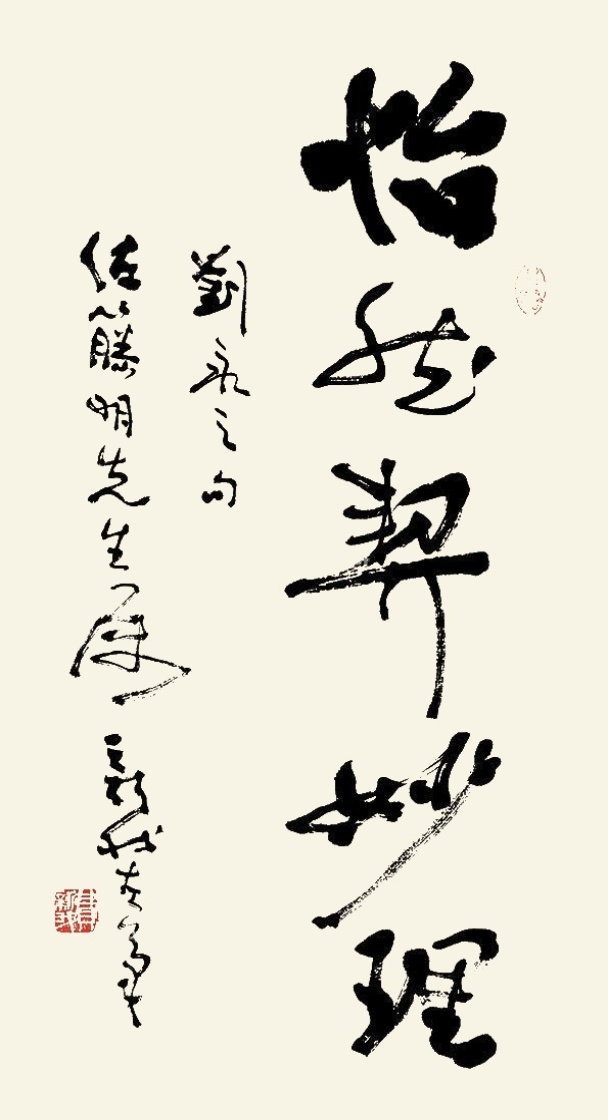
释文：怡然契妙理刘永之句 佐藤明先生属 新我左笔